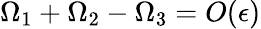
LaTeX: \Omega_{1}+\Omega_{2}-\Omega_{3}=O(\epsilon)